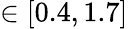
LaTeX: \in[0.4,1.7]